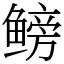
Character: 鳑